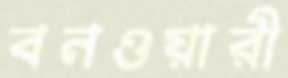
বনওয়ারী